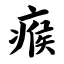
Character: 瘊